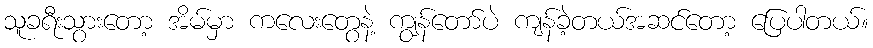
သူခရီးသွားတော့ အိမ်မှာ ကလေးတွေနဲ့ ကျွန်တော်ပဲ ကျန်ခဲ့တယ်အဆင်တော့ ပြေပါတယ်။